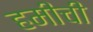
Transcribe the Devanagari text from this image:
हमीची